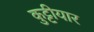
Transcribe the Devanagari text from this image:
कुट्टीयार